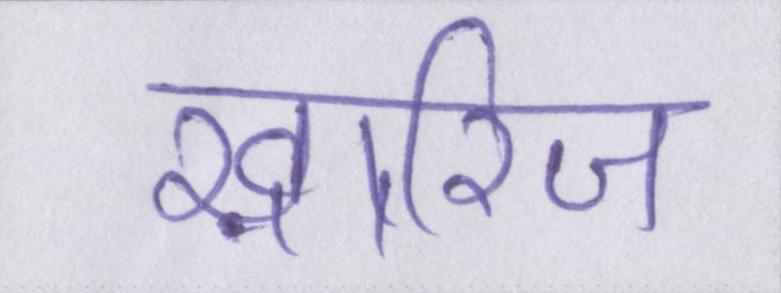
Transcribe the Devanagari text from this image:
ख़ारिज